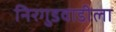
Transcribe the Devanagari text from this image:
निरगुडवाडीला